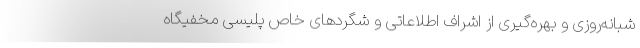
شبانه‌روزی و بهره‌گیری از اشراف اطلاعاتی و شگردهای خاص پلیسی مخفیگاه